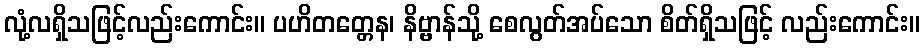
လုံ့လရှိသဖြင့်လည်းကောင်း။ ပဟိတတ္တေန၊ နိဗ္ဗာန်သို့ စေလွတ်အပ်သော စိတ်ရှိသဖြင့် လည်းကောင်း။